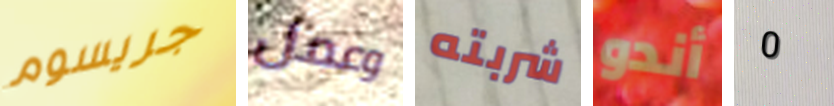
جريسوم وعمل شربته أندو 0